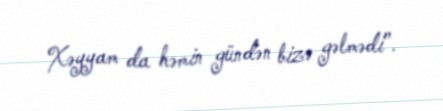
Xəyyam da həmin gündən bizə gəlmədi”.